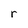
Character: r